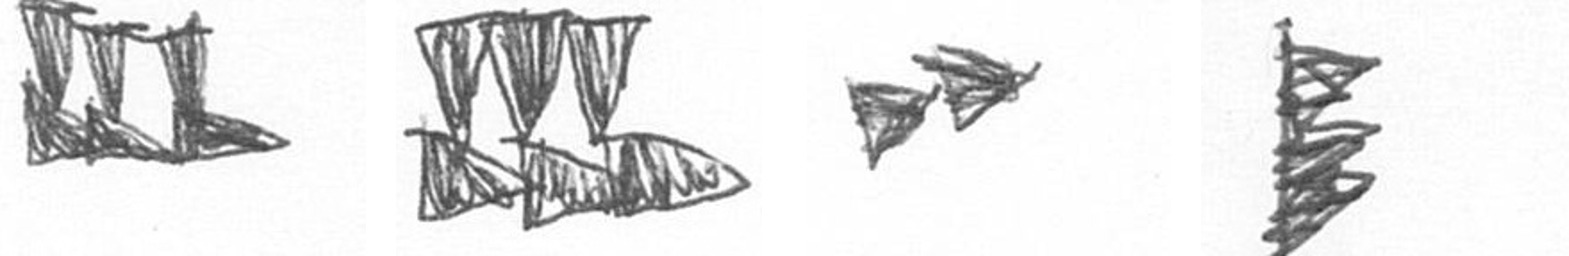
D D A H